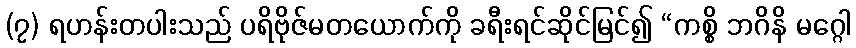
(၇) ရဟန်းတပါးသည် ပရိဗိုဇ်မတယောက်ကို ခရီးရင်ဆိုင်မြင်၍ “ကစ္စိ ဘဂိနိ မဂ္ဂေါ